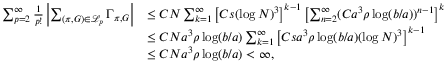
\begin{array} { r l } { \sum _ { p = 2 } ^ { \infty } \frac { 1 } { p ! } \left\vert \sum _ { ( \pi , G ) \in \mathcal { L } _ { p } } \Gamma _ { \pi , G } \right\vert } & { \leq C N \sum _ { k = 1 } ^ { \infty } \left[ C s ( \log N ) ^ { 3 } \right] ^ { k - 1 } \left[ \sum _ { n = 2 } ^ { \infty } ( C a ^ { 3 } \rho \log ( b / a ) ) ^ { n - 1 } \right] ^ { k } } \\ & { \leq C N a ^ { 3 } \rho \log ( b / a ) \sum _ { k = 1 } ^ { \infty } \left[ C s a ^ { 3 } \rho \log ( b / a ) ( \log N ) ^ { 3 } \right] ^ { k - 1 } } \\ & { \leq C N a ^ { 3 } \rho \log ( b / a ) < \infty , } \end{array}